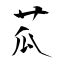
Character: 苽